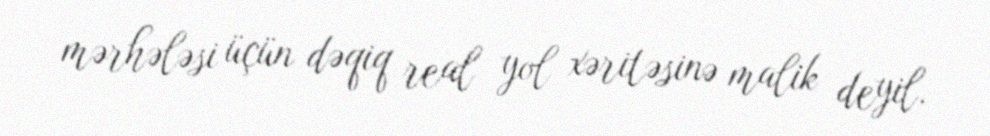
mərhələsi üçün dəqiq real yol xəritəsinə malik deyil.